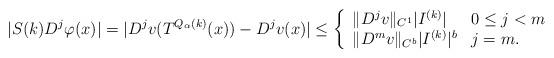
LaTeX: \begin{align*}|S(k)D^j\varphi(x)|&=|D^jv(T^{Q_\alpha(k)}(x))-D^jv(x)|\leq\left\{\begin{array}{ll}\|D^{j}v\|_{C^1}|I^{(k)}|& 0\leq j<m\\\|D^{m}v\|_{C^b}|I^{(k)}|^b& j=m.\end{array}\right.\end{align*}